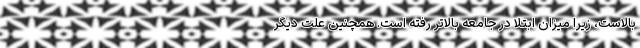
بالاست، زیرا میزان ابتلا در جامعه بالاتر رفته است. همچنین علت دیگر